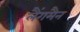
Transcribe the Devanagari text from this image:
लैंगमैन